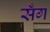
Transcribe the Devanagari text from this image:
सँग